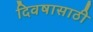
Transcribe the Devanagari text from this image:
दिवषासाठी